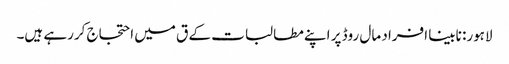
لاہور: نابینا افراد مال روڈ پر اپنے مطالبات کے ق میں احتجاج کررہے ہیں۔